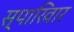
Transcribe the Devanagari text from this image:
स्पारिवार